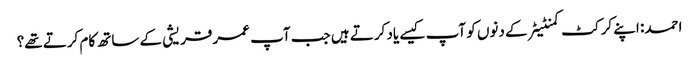
احمد: اپنے کرکٹ کمنٹیٹر کے دنوں کو آپ کیسے یاد کرتے ہیں جب آپ عمر قریشی کے ساتھ کام کرتے تھے؟